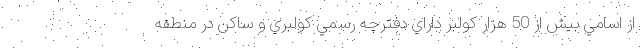
از اسامي بيش از 50 هزار كولبر داراي دفترچه رسمي كولبري و ساكن در منطقه